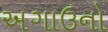
અગાઉનો